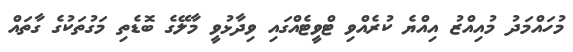
މުހައްމަދު މުއިއްޒު އިއްޔެ ކުރެއްވި ޓްވީޓެއްގައި ވިދާޅުވީ މާލޭގެ ބޮޑެތި މަގުތަކުގެ ގާތައް